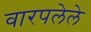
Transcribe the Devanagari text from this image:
वारपलेले